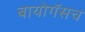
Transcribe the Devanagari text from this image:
बायोगॅसच